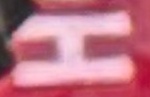
H